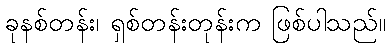
ခုနစ်တန်း၊ ရှစ်တန်းတုန်းက ဖြစ်ပါသည်။